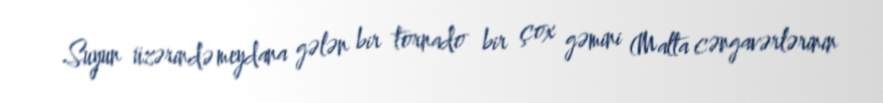
Suyun üzərində meydana gələn bir tornado bir çox gəmini (Malta cəngavərlərinin